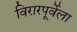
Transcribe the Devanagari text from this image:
विरारपूर्वेला